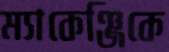
ম্যাকেঞ্জিকে